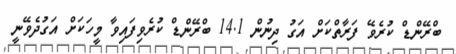
ބްރޭންޑް ކުރެވޭ ފަރާތްކަށް އަގު ދިނުން 14.1 ބްރޭންޑް ކުރެވިފައިވާ މީހަކަށް އަގުދެވޭނީ